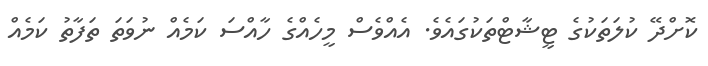
ކޮށްދޭ ކުލަތަކުގެ ޓީޝާޓްތަކުގައެވެ. އެއްވެސް މީހެއްގެ ހާއްސަ ކަމެއް ނުވަތަ ތަފާތު ކަމެއް